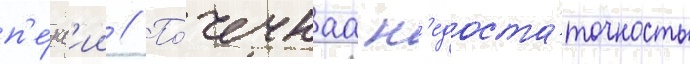
п'е́нс'ии // По́чечнаа н'едоста́точность